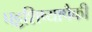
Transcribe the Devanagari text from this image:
पट्टशिष्यापैकी